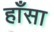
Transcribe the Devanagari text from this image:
हाँसा